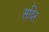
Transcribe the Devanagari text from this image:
सदिर